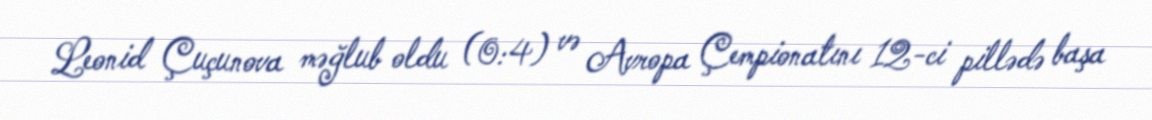
Leonid Çuçunova məğlub oldu (0:4) və Avropa Çempionatını 12-ci pillədə başa